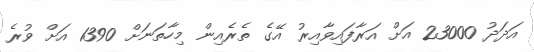
އަދަދު 23000 އަށް އަރާފައިވާއިރު އޭގެ ތެރެއިން މިހާތަނަށް 1390 އަށް ވުރެ